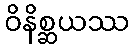
ဝိနိစ္ဆယဿ